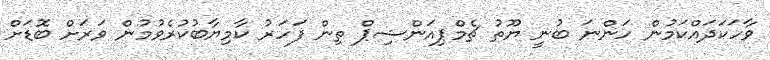
ވާހަކަދައްކަމުން ހަންނަ ބުނީ ޔޫތު ޗެމްޕިއަންޝިޕް ތިން ފަހަރު ކާމިޔާބުކުރެވުމުން ވަރަށް ބޮޑަށް